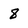
Character: 8